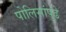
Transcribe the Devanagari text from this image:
पोलिसांपुढे